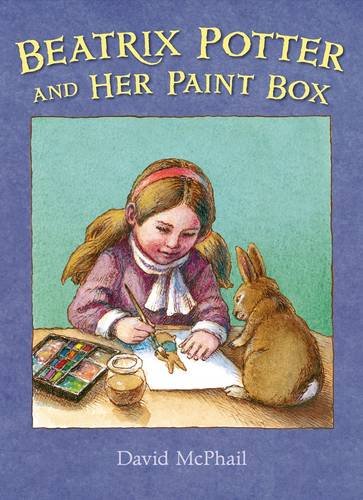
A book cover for Beatrix Potter and Her Paint Box; David McPhail; Children's Books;